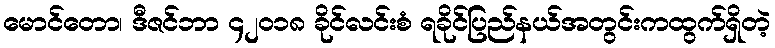
မောင်တော၊ ဒီဇင်ဘာ ၄၂၀၁၈ ခိုင်လင်းစံ ရခိုင်ပြည်နယ်အတွင်းကထွက်ရှိတဲ့